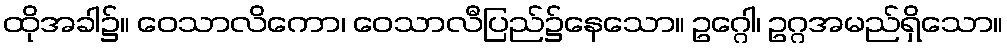
ထိုအခါ၌။ ဝေသာလိကော၊ ဝေသာလီပြည်၌နေသော။ ဥဂ္ဂေါ၊ ဥဂ္ဂအမည်ရှိသော။